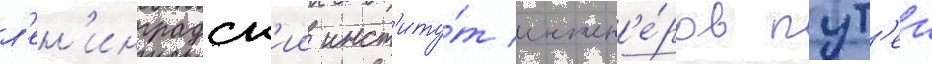
л'ен'инградск'ии инст'иту́т инжен'е́ров пут'еи